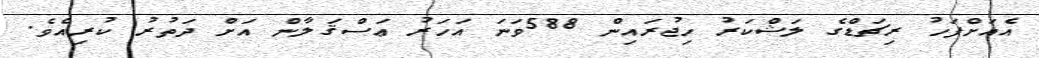
އެއަށްފަހު ރިޗަޑްގެ ލަޝްކަރު ހިޖުރައިން 588ވަނަ އަހަރު ޢަސްޤަލާން އަށް ދަތުރު ކުރިއެވެ.